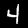
Digit: 4